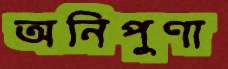
অনিপুণা